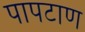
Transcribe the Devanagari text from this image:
पापटाण